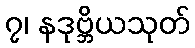
၇၊ နဒုဗ္ဘိယသုတ်